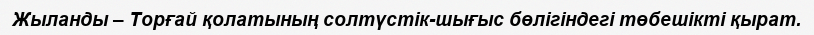
Жыланды – Торғай қолатының солтүстік-шығыс бөлігіндегі төбешікті қырат.